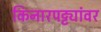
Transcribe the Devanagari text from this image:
किनारपट्ट्यांवर